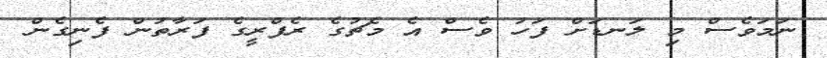
ނަމަވެސް މި ލަނޑަށް ފަހު ވެސް އެ މެޗުގެ ރެފްރީގެ ފަރާތުން ފެނިގެން